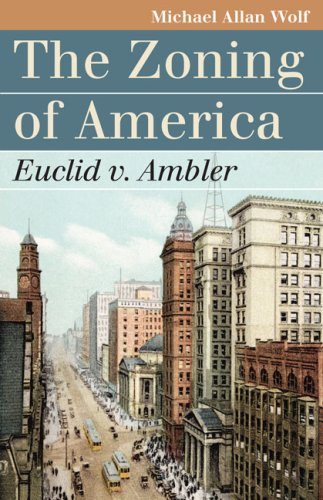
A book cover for The Zoning of America: Euclid v. Ambler (Landmark Law Cases and American Society); Michael Allan Wolf; Law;